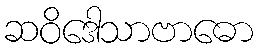
ဆဝိဒေါသာဗာဓော